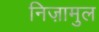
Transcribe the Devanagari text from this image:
निज़ामुल